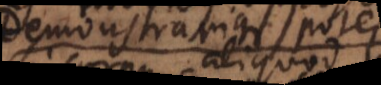
demonstrarique potest